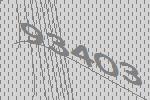
93403